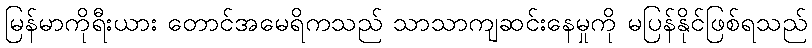
မြန်မာကိုရီးယား တောင်အမေရိကသည် သာသာကျဆင်းနေမှုကို မပြန်နိုင်ဖြစ်ရသည်